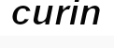
curin